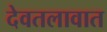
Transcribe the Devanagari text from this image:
देवतलावात